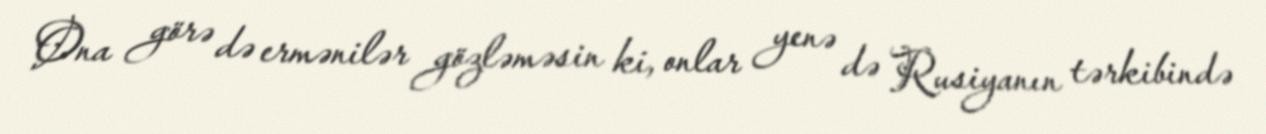
Ona görə də ermənilər gözləməsin ki, onlar yenə də Rusiyanın tərkibində